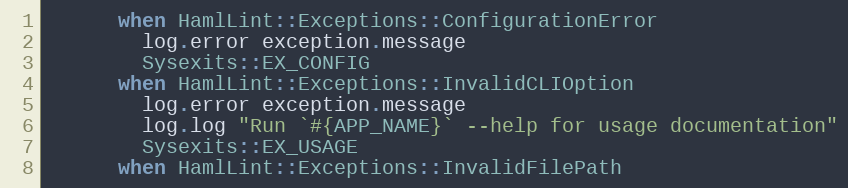
Language: Ruby
      when HamlLint::Exceptions::ConfigurationError
        log.error exception.message
        Sysexits::EX_CONFIG
      when HamlLint::Exceptions::InvalidCLIOption
        log.error exception.message
        log.log "Run `#{APP_NAME}` --help for usage documentation"
        Sysexits::EX_USAGE
      when HamlLint::Exceptions::InvalidFilePath